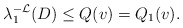
\begin{align*}\lambda_1^{-\mathcal{L}}(D)\leq Q(v)=Q_{1}(v).\end{align*}